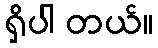
ရှိပါ တယ်။